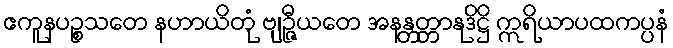
ဧကူနပဉ္စသတေ နဟာယိတုံ ဗျဉ္ဇီယတေ အနန္တတ္တာနုဒိဋ္ဌိ ဣရိယာပထကပ္ပနံ